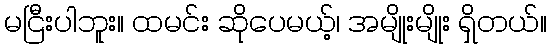
မငြီးပါဘူး။ ထမင်း ဆိုပေမယ့်၊ အမျိုးမျိုး ရှိတယ်။